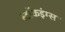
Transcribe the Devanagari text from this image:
स्टॉकइंग्स